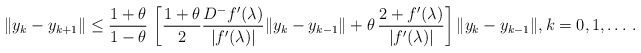
\begin{align*} \|y_k-y_{k+1}\|\leq \frac{1+\theta}{1-\theta}\, \left[ \frac{1+\theta}{2}\frac{D^{-}f'(\lambda)}{|f'(\lambda)|}\|y_k-y_{k-1}\|+\theta\,\frac{2+f'(\lambda)}{|f'(\lambda)|}\right]\|y_k-y_{k-1}\| , k= 0,1,\ldots \,.\end{align*}